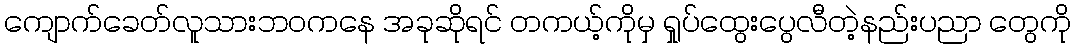
ကျောက်ခေတ်လူသားဘဝကနေ အခုဆိုရင် တကယ့်ကိုမှ ရှုပ်ထွေးပွေလီတဲ့နည်းပညာ တွေကို